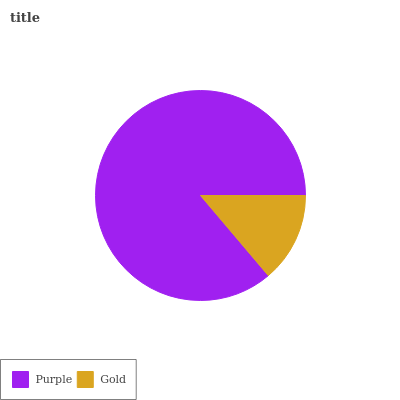
| Purple | Gold |
 | --- | --- |
 | 86.2% | 13.8% |